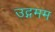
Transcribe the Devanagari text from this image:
उद्गमम